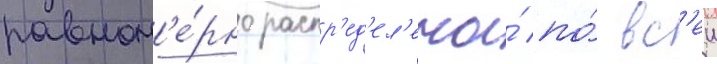
равном'е́рно распр'ед'ел'ены́ по́ вс'еи